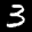
Label: 3